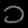
Digit: ၁